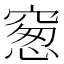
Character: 䆫